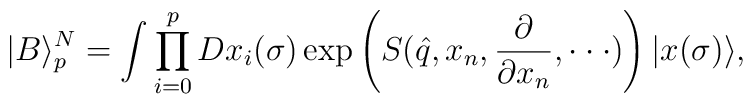
|B\rangle_p^N=\int \prod_{i=0}^p Dx_i(\sigma)      \exp\left(S(\hat{q}, x_n, {\partial\over \partial x_n}, \cdot\cdot\cdot)\right)      |x(\sigma) \rangle,